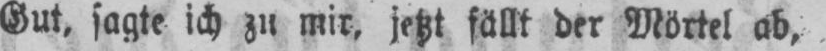
Gut. sagte ich zu mir, jetzt fällt der Mörtel ab,